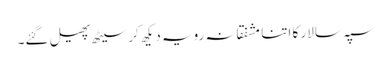
سپہ سالار کا اتنا مشفقانہ رویہ دیکھ کر سیٹھ پھیل گئے۔